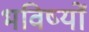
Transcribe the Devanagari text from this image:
भविष्यों